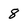
Character: 8